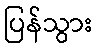
ပြန်သွား